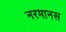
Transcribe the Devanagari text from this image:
नरमानस